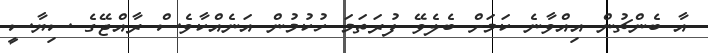
އާ ބެންޗުން އިއްވާނެ ކަމަށް ބެލެވޭ ފުރަތަމަ ހުކުމުން އަނެއްކާވެސް ރާއްޖޭގެ ސިޔާސީ